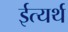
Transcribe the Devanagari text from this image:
ईत्यर्थ